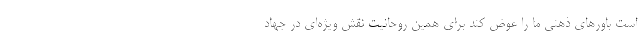
است باورهای ذهنی ما را عوض کند برای همین روحانیت نقش ویژه‌ای در جهاد